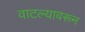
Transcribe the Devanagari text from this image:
वाटल्यावरून